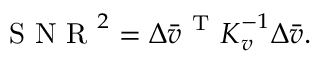
\begin{array} { r } { \mathrm { ~ S ~ N ~ R ~ } ^ { 2 } = \Delta \bar { \boldsymbol { v } } ^ { \mathrm { ~ T ~ } } \boldsymbol { K } _ { \boldsymbol { v } } ^ { - 1 } \Delta \bar { \boldsymbol { v } } . } \end{array}